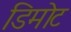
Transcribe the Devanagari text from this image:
डिमोट